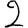
Digit: 2